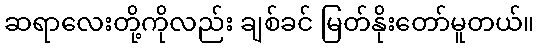
ဆရာလေးတို့ကိုလည်း ချစ်ခင် မြတ်နိုးတော်မူတယ်။